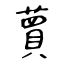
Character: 蕒